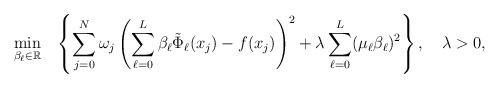
LaTeX: \begin{align*}\min_{\beta_{\ell}\in\mathbb{R}}~~ \left\{\sum_{j=0}^N\omega_j\left(\sum_{\ell=0}^{L}\beta_{\ell}\tilde{\Phi}_{\ell}(x_j)-f(x_j)\right)^2+\lambda\sum_{\ell=0}^L(\mu_{\ell}\beta_{\ell})^2\right\},\quad\lambda>0,\end{align*}